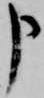
申